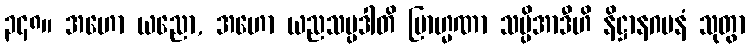
၃၄၈။ အဟော ယညော, အဟော ယညသမ္ပဒါတိ ဗြာဟ္မဏာ သပ္ပိအာဒီဟိ နိဋ္ဌာနဂမနံ သုတွာ